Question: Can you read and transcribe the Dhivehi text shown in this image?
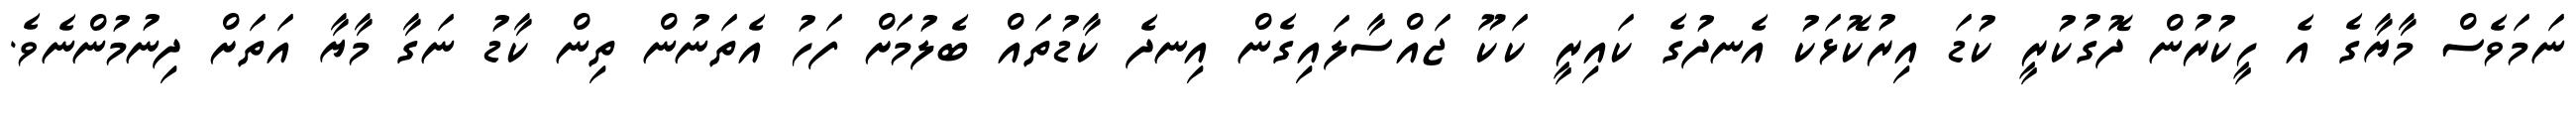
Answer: ނަމަވެސް މާޔާގެ އެ ހީކުރުން ދޮގުކުރީ ކުޑަ އިރުކޮޅަކު އެނދުގެ ކައިރީ ކަކޫ ޖައްސާލައިގެން އިނދެ ކާޑުތައް ބެލުމަށް ފަހު އެތަނުން ތިން ކާޑު ނަގާ މާޔާ އަތަށް ދިނުމުންނެވެ.